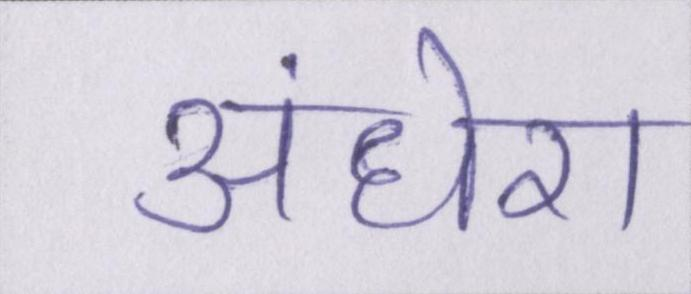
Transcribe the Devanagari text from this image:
अंधेरा